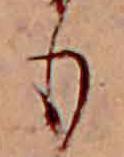
も